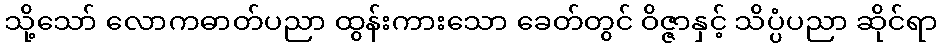
သို့သော် လောကဓာတ်ပညာ ထွန်းကားသော ခေတ်တွင် ဝိဇ္ဇာနှင့် သိပ္ပံပညာ ဆိုင်ရာ